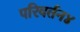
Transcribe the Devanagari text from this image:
परिवर्तन४